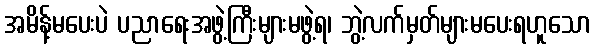
အမိန့်မပေးပဲ ပညာရေးအဖွဲ့ကြီးများမဖွဲ့ရ၊ ဘွဲ့လက်မှတ်များမပေးရဟူသော